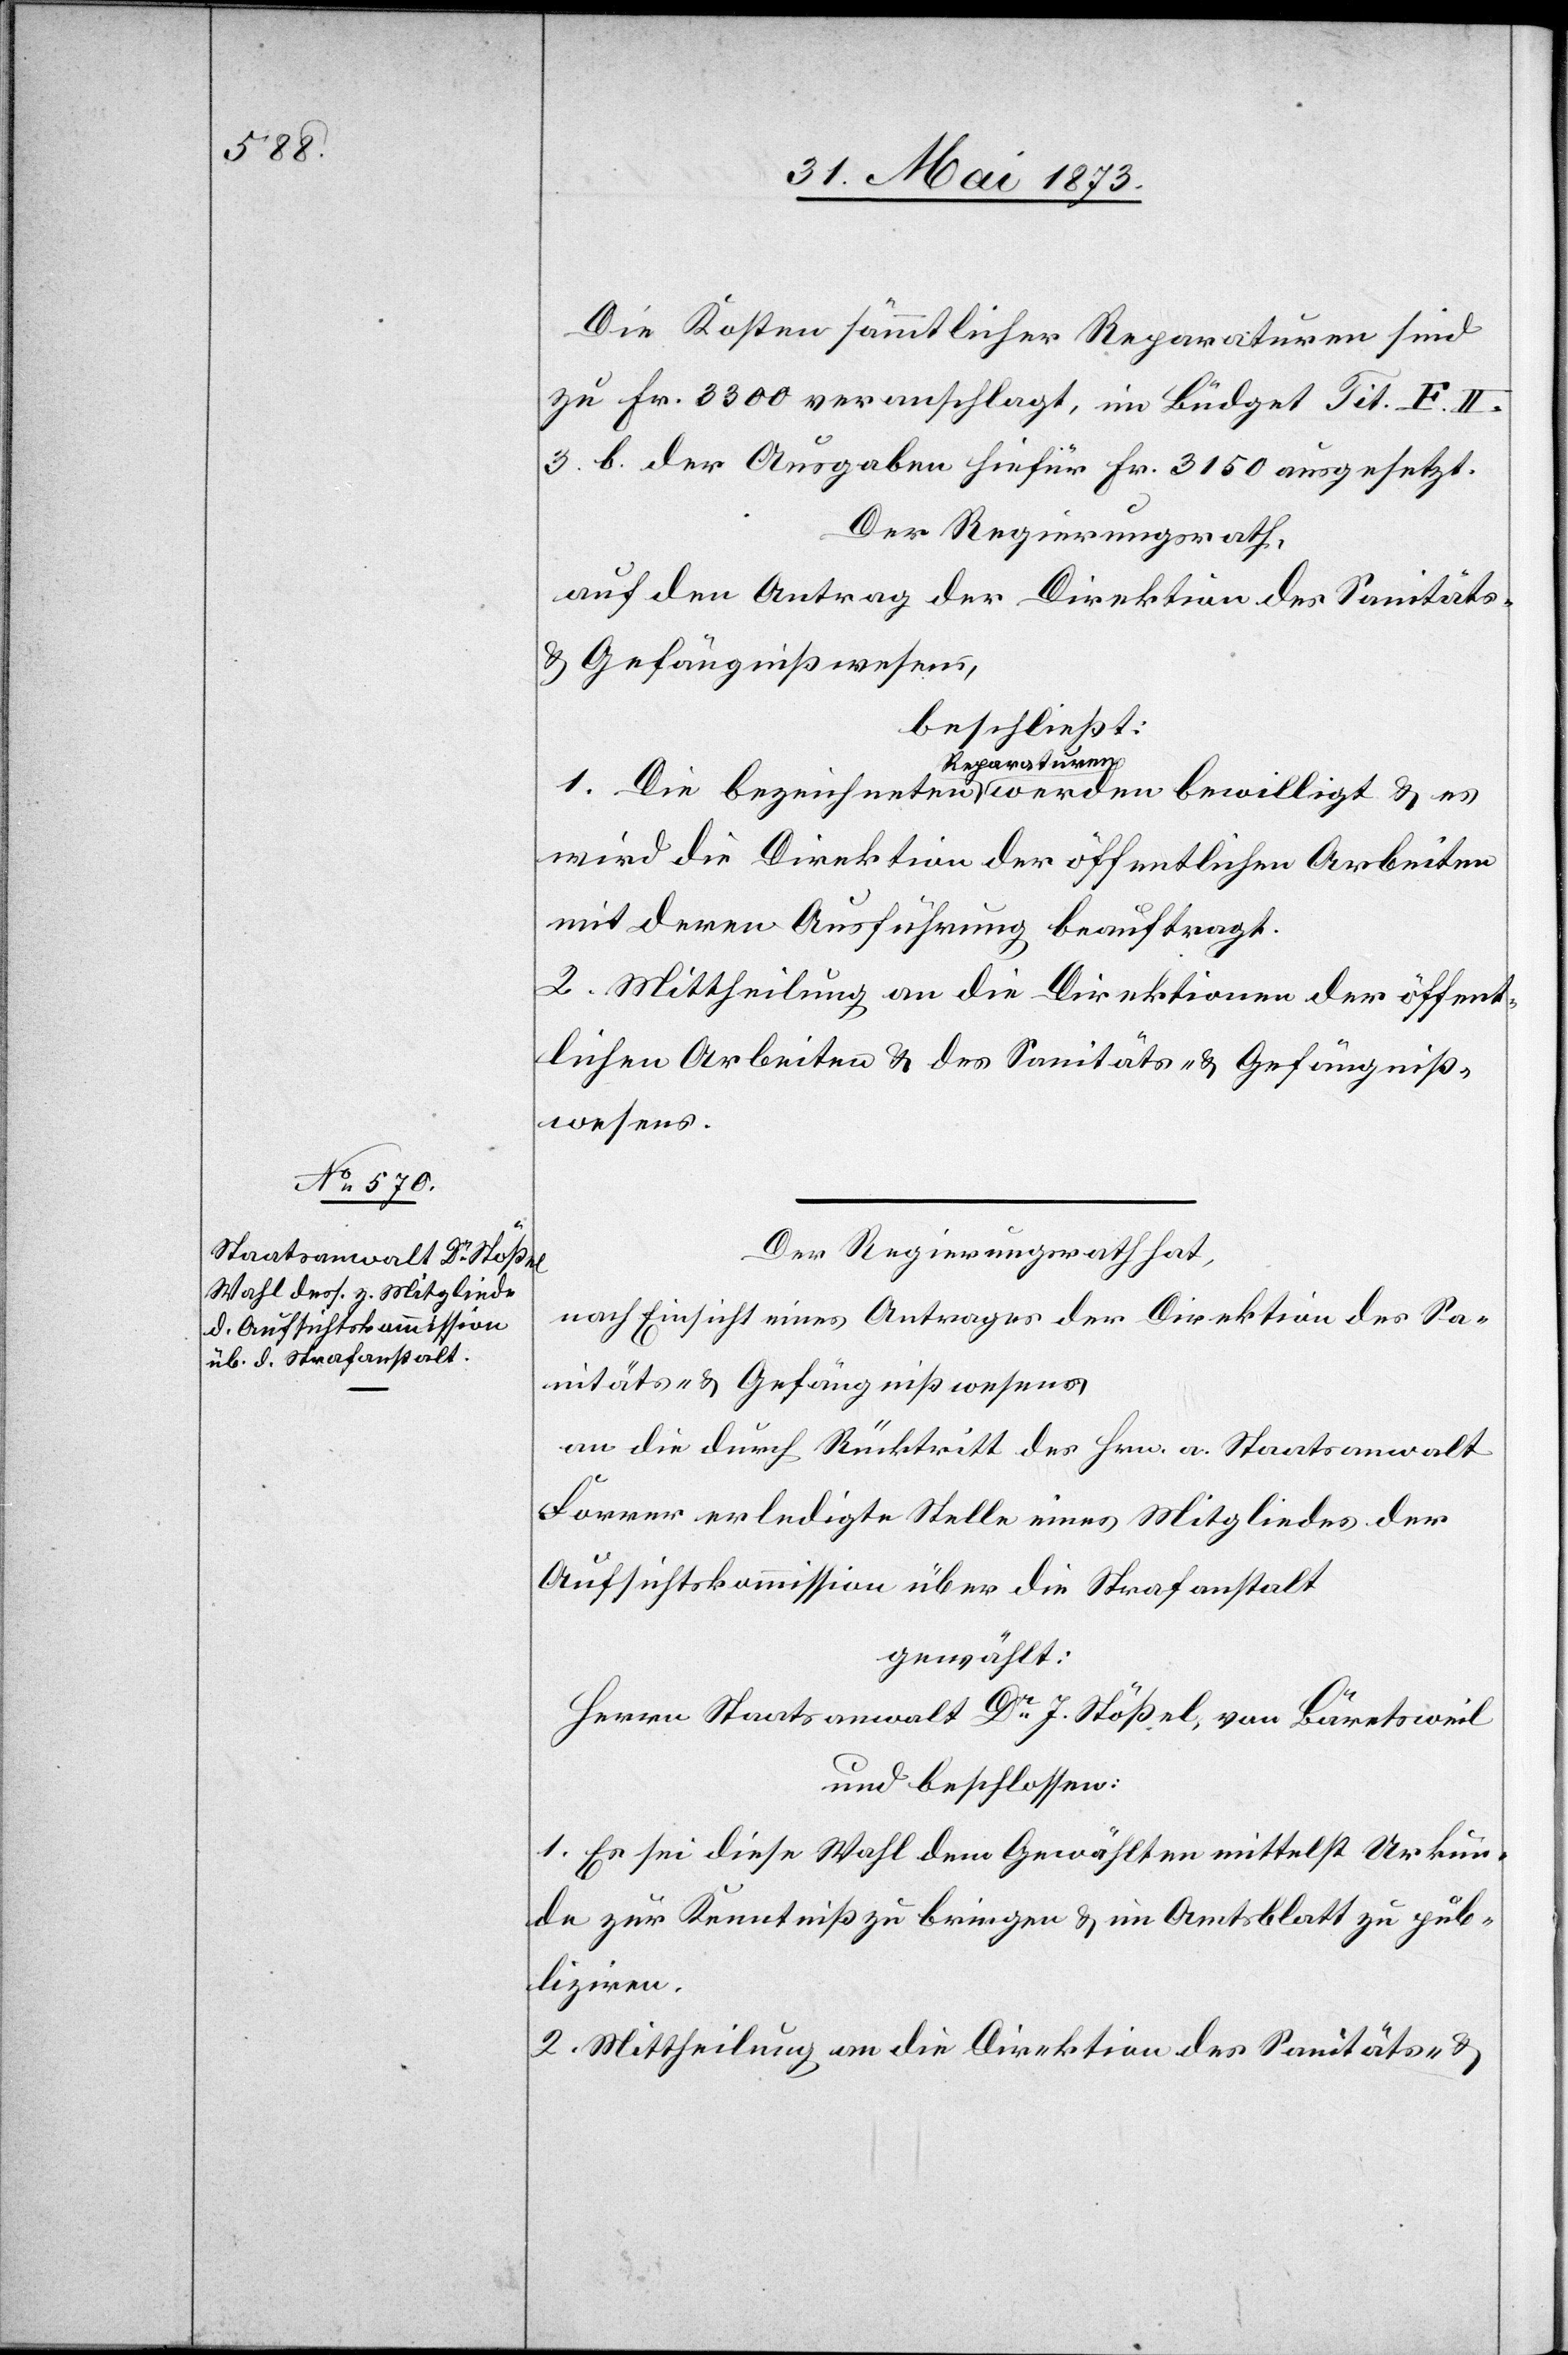
Die Kosten sämmtlicher Reparaturen sind
zu Fr. 3 300 veranschlagt, im Büdget Tit. F. II.
3. b. der Ausgaben hiefür Fr. 3 150 ausgesetzt.
Der Regierungsrath,
auf den Antrag der Direktion des Sanitäts-
& Gefängnißwesens,
beschließt:
Reparaturen
wird die Direktion der öffentlichen Arbeiten
mit deren Ausführung beauftragt.
2. Mittheilung an die Direktion der öffent¬
lichen Arbeiten & des Sanitäts- & Gefängniß¬
wesens.
Der Regierungsrath hat,
nach Einsicht eines Antrages der Direktion des Sa¬
nitäts- & Gefängnißwesens
an die durch Rücktritt des Hrn. a. Staatsanwalt
Forrer erledigte Stelle eines Mitgliedes der
Aufsichtskommission über die Strafanstalt
gewählt:
Herrn Staatsanwalt Dr J. Stößel, von Bäretsweil
und beschlossen:
1. Es sei diese Wahl dem Gewählten mittelst Urkun¬
de zur Kenntniß zu bringen & im Amtsblatt zu pub¬
liziren.
2. Mittheilung an die Direktion des Sanitäts- &